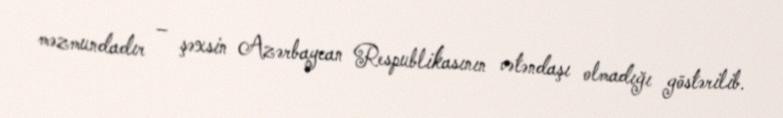
məzmundadır – şəxsin Azərbaycan Respublikasının vətəndaşı olmadığı göstərilib.